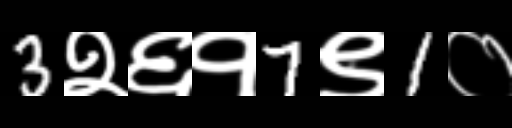
Text: 3२६१7९1०